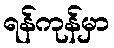
ရန်ကုန်မှာ